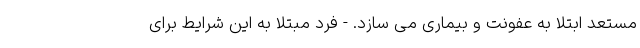
مستعد ابتلا به عفونت و بیماری می سازد. - فرد مبتلا به این شرایط برای